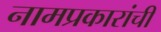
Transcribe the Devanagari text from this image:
नामप्रकारांची